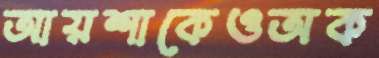
আয়শাকেওঅক